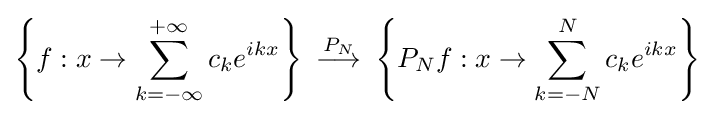
\left\{f:x\to \sum _{k=-\infty }^{+\infty }c_{k}e^{ikx}\right\}\ {\overset {P_{N}}{\longrightarrow }}\ \left\{P_{N}f:x\to \sum _{k=-N}^{N}c_{k}e^{ikx}\right\}